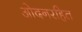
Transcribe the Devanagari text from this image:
ओदनरहित